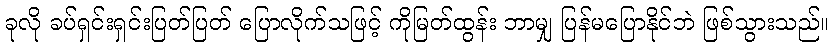
ခုလို ခပ်ရှင်းရှင်းပြတ်ပြတ် ပြောလိုက်သဖြင့် ကိုမြတ်ထွန်း ဘာမျှ ပြန်မပြောနိုင်ဘဲ ဖြစ်သွားသည်။